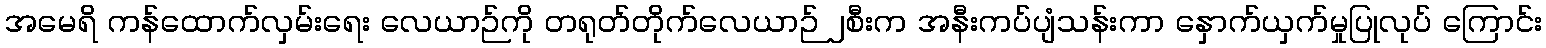
အမေရိ ကန်ထောက်လှမ်းရေး လေယာဉ်ကို တရုတ်တိုက်လေယာဉ် ၂စီးက အနီးကပ်ပျံသန်းကာ နှောက်ယှက်မှုပြုလုပ် ကြောင်း